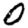
Digit: 0